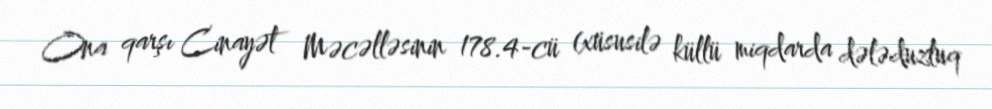
Ona qarşı Cinayət Məcəlləsinin 178.4-cü (xüsusilə küllü miqdarda dələduzluq